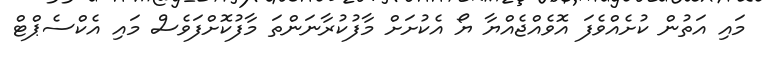
މައި އަތުން ކުށެއްވެފަ އޮވެއްޖެއްޔާ ޔޯ އެކުށަށް މާފުކުރާނަންތަ މާފުކޮށްފަވެސް މައި އެކްސެޕްޓް